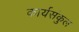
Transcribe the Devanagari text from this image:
कार्यसंकुल